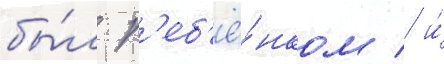
бы́л р'еб'ё́нком / и́